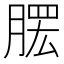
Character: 𦞗